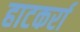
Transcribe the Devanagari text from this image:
हाटकर्रा